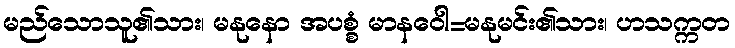
မည်သောသူ၏သား၊ မနုနော အပစ္စံ မာနဝေါ=မနုမင်း၏သား၊ ဟသက္ကတ